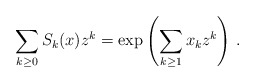
\begin{align*}\sum_{k\geq 0}S_k(x)z^k=\exp\left(\sum_{k\geq 1}x_kz^k\right)\,.\end{align*}